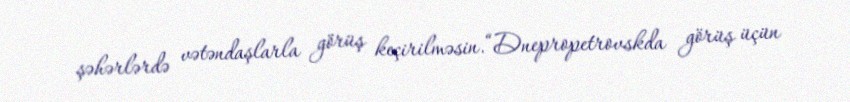
şəhərlərdə vətəndaşlarla görüş keçirilməsin.“Dnepropetrovskda görüş üçün